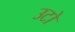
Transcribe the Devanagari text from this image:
उटो